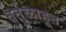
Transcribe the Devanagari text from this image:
वर्तुळाहून